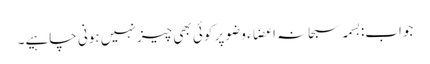
جواب:بسمہ سبحانہ اعضاء وضو پر کوئی بھی چیز نہیں ہونی چاہیے۔